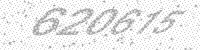
Solution: 620615